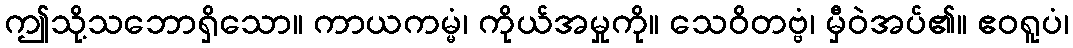
ဤသို့သဘောရှိသော။ ကာယကမ္မံ၊ ကိုယ်အမှုကို။ သေဝိတဗ္ဗံ၊ မှီဝဲအပ်၏။ ဧဝရူပံ၊